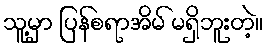
သူ့မှာ ပြန်စရာအိမ် မရှိဘူးတဲ့။